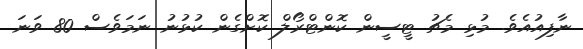
ނާފިއުއެވެ. މުޅި މެޗު ޓީސީން ކޮންޓްރޯލް ކޮށްގެން ކުޅުނު ނަމަވެސް 80 ވަނަ